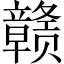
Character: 赣